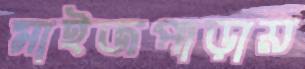
মাইজপাড়ায়